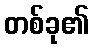
တစ်ခု၏